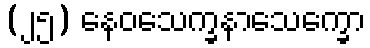
(၂၅) နေဝသေက္ခနာသေက္ခော